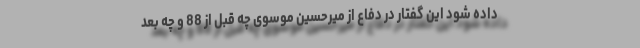
داده شود این گفتار در دفاع از میرحسین موسوی چه قبل از 88 و چه بعد